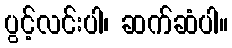
ပွင့်လင်းပါ၊ ဆက်ဆံပါ။